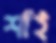
শাঁই